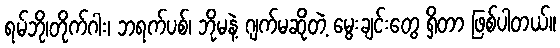
ရမ်ဘို၊တိုက်ဂါး၊ ဘရက်ပစ်၊ ဘိုမနဲ့ ဂျက်မဆိုတဲ့ မွေးချင်းတွေ ရှိတာ ဖြစ်ပါတယ်။